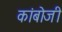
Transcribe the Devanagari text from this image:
कांबोजी